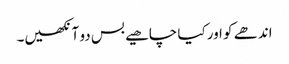
اندھے کو اور کیا چاھیے بس دو آنکھیں۔